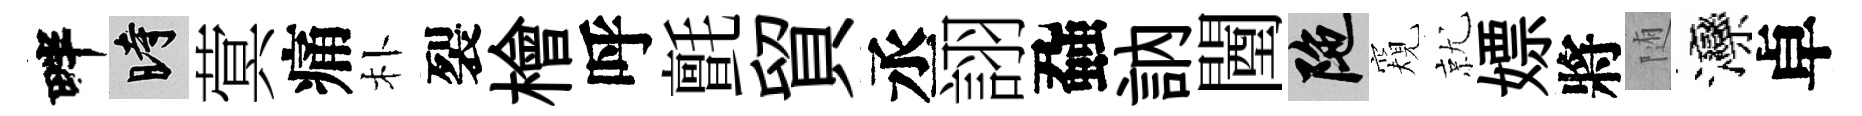
畔时蓂痛朴裂檜呼氈貿丞詡蝨訥闉陀窺就嫖將随灤卓